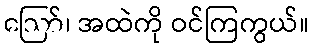
ဪ၊ အထဲကို ဝင်ကြကွယ်။